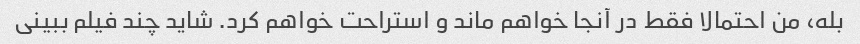
بله، من احتمالا فقط در آنجا خواهم ماند و استراحت خواهم کرد. شاید چند فیلم ببینی